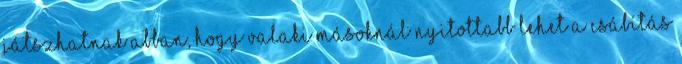
játszhatnak abban, hogy valaki másoknál nyitottabb lehet a csábítás